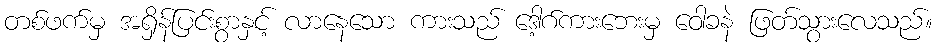
တစ်ဖက်မှ အရှိန်ပြင်းစွာနှင့် လာနေသော ကားသည် ဒေါ့ဂ်ကားဘေးမှ ဝေါခနဲ ဖြတ်သွားလေသည်။